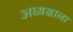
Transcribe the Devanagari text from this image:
अध्यक्षाला